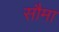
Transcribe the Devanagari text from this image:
सौमा